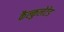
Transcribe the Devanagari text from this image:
कैल्कुलेटेड